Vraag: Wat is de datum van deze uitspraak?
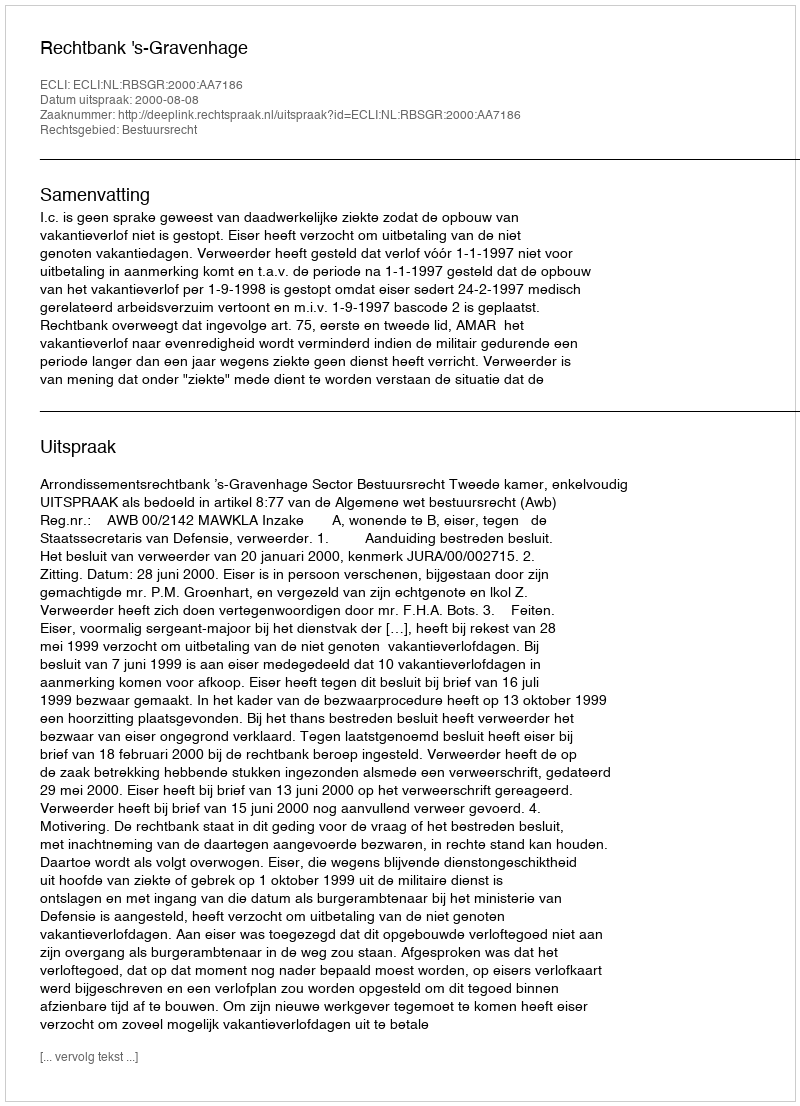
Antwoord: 2000-08-08